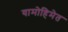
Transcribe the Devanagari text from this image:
यामोहिमेत